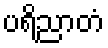
ပရိညာတံ